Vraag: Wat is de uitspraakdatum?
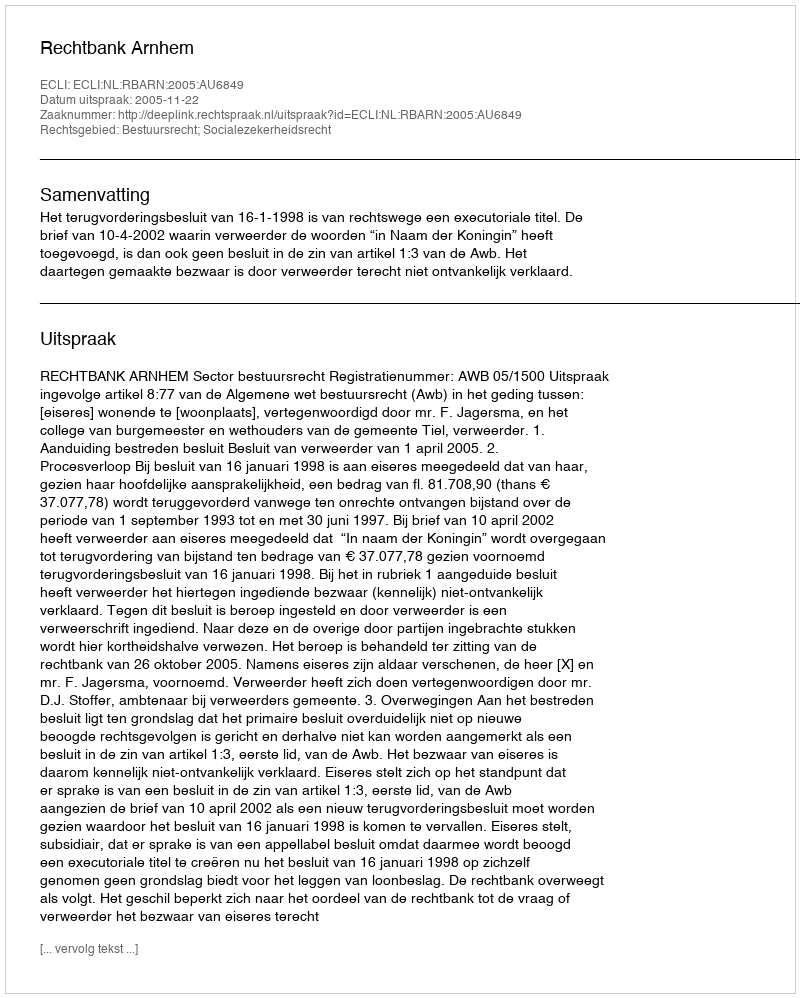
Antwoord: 2005-11-22